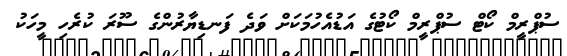
ސުޕްރީމް ކޯޓް ސުޕްރީމް ކޯޓުގެ އަޑުއެހުމަކަށް ވަދެ ފަނޑިޔާރުންގެ ސޫރަ ކުރެހި މީހަކު